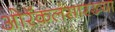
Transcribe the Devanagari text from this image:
ओरॅकलसारख्या